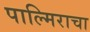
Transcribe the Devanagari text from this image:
पाल्मिराचा